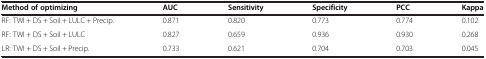
<table><thead><tr><td><b>Method of optimizing</b></td><td><b>AUC</b></td><td><b>Sensitivity</b></td><td><b>Specificity</b></td><td><b>PCC</b></td><td><b>Kappa</b></td></tr></thead><tbody><tr><td>RF: TWI + DS + Soil + LULC + Precip.</td><td>0.871</td><td>0.820</td><td>0.773</td><td>0.774</td><td>0.102</td></tr><tr><td>RF: TWI + DS + Soil + LULC</td><td>0.827</td><td>0.659</td><td>0.936</td><td>0.930</td><td>0.268</td></tr><tr><td>LR: TWI + DS + Soil + Precip.</td><td>0.733</td><td>0.621</td><td>0.704</td><td>0.703</td><td>0.045</td></tr></tbody></table>